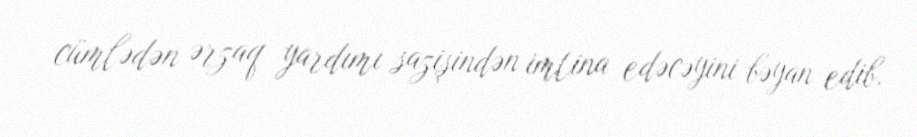
cümlədən ərzaq yardımı sazişindən imtina edəcəyini bəyan edib.